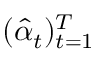
( \hat { \alpha } _ { t } ) _ { t = 1 } ^ { T }